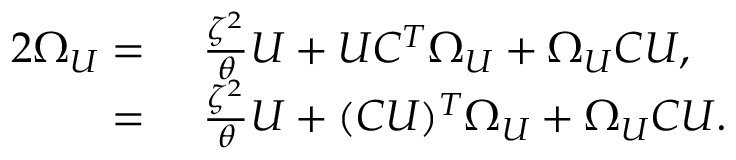
\begin{array} { r l } { 2 \Omega _ { U } = } & { { } \ \frac { \zeta ^ { 2 } } { \theta } U + U C ^ { T } \Omega _ { U } + \Omega _ { U } C U , } \\ { = } & { { } \ \frac { \zeta ^ { 2 } } { \theta } U + ( C U ) ^ { T } \Omega _ { U } + \Omega _ { U } C U . } \end{array}